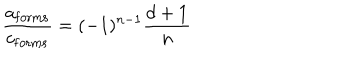
{ \frac { a _ { \mathrm { f o r m s } } } { c _ { \mathrm { f o r m s } } } } = ( - 1 ) ^ { n - 1 } { \frac { d + 1 } { n } }